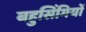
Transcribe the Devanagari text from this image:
बहुसिंगियों